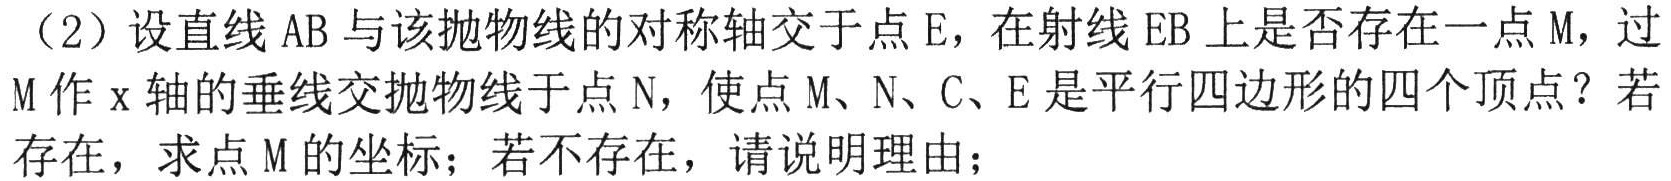
（2）设直线\(AB\)与该抛物线的对称轴交于点\(E\)，在射线\(EB\)上是否存在一点\(M\)，过\(M\)作\(x\)轴的垂线交抛物线于点\(N\)，使点\(M、N、C、E\)是平行四边形的四个顶点？若存在，求点\(M\)的坐标；若不存在，请说明理由；